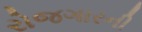
રોજગારની